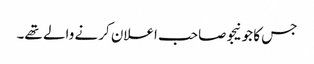
جس کا جونیجو صاحب اعلان کرنے والے تھے۔